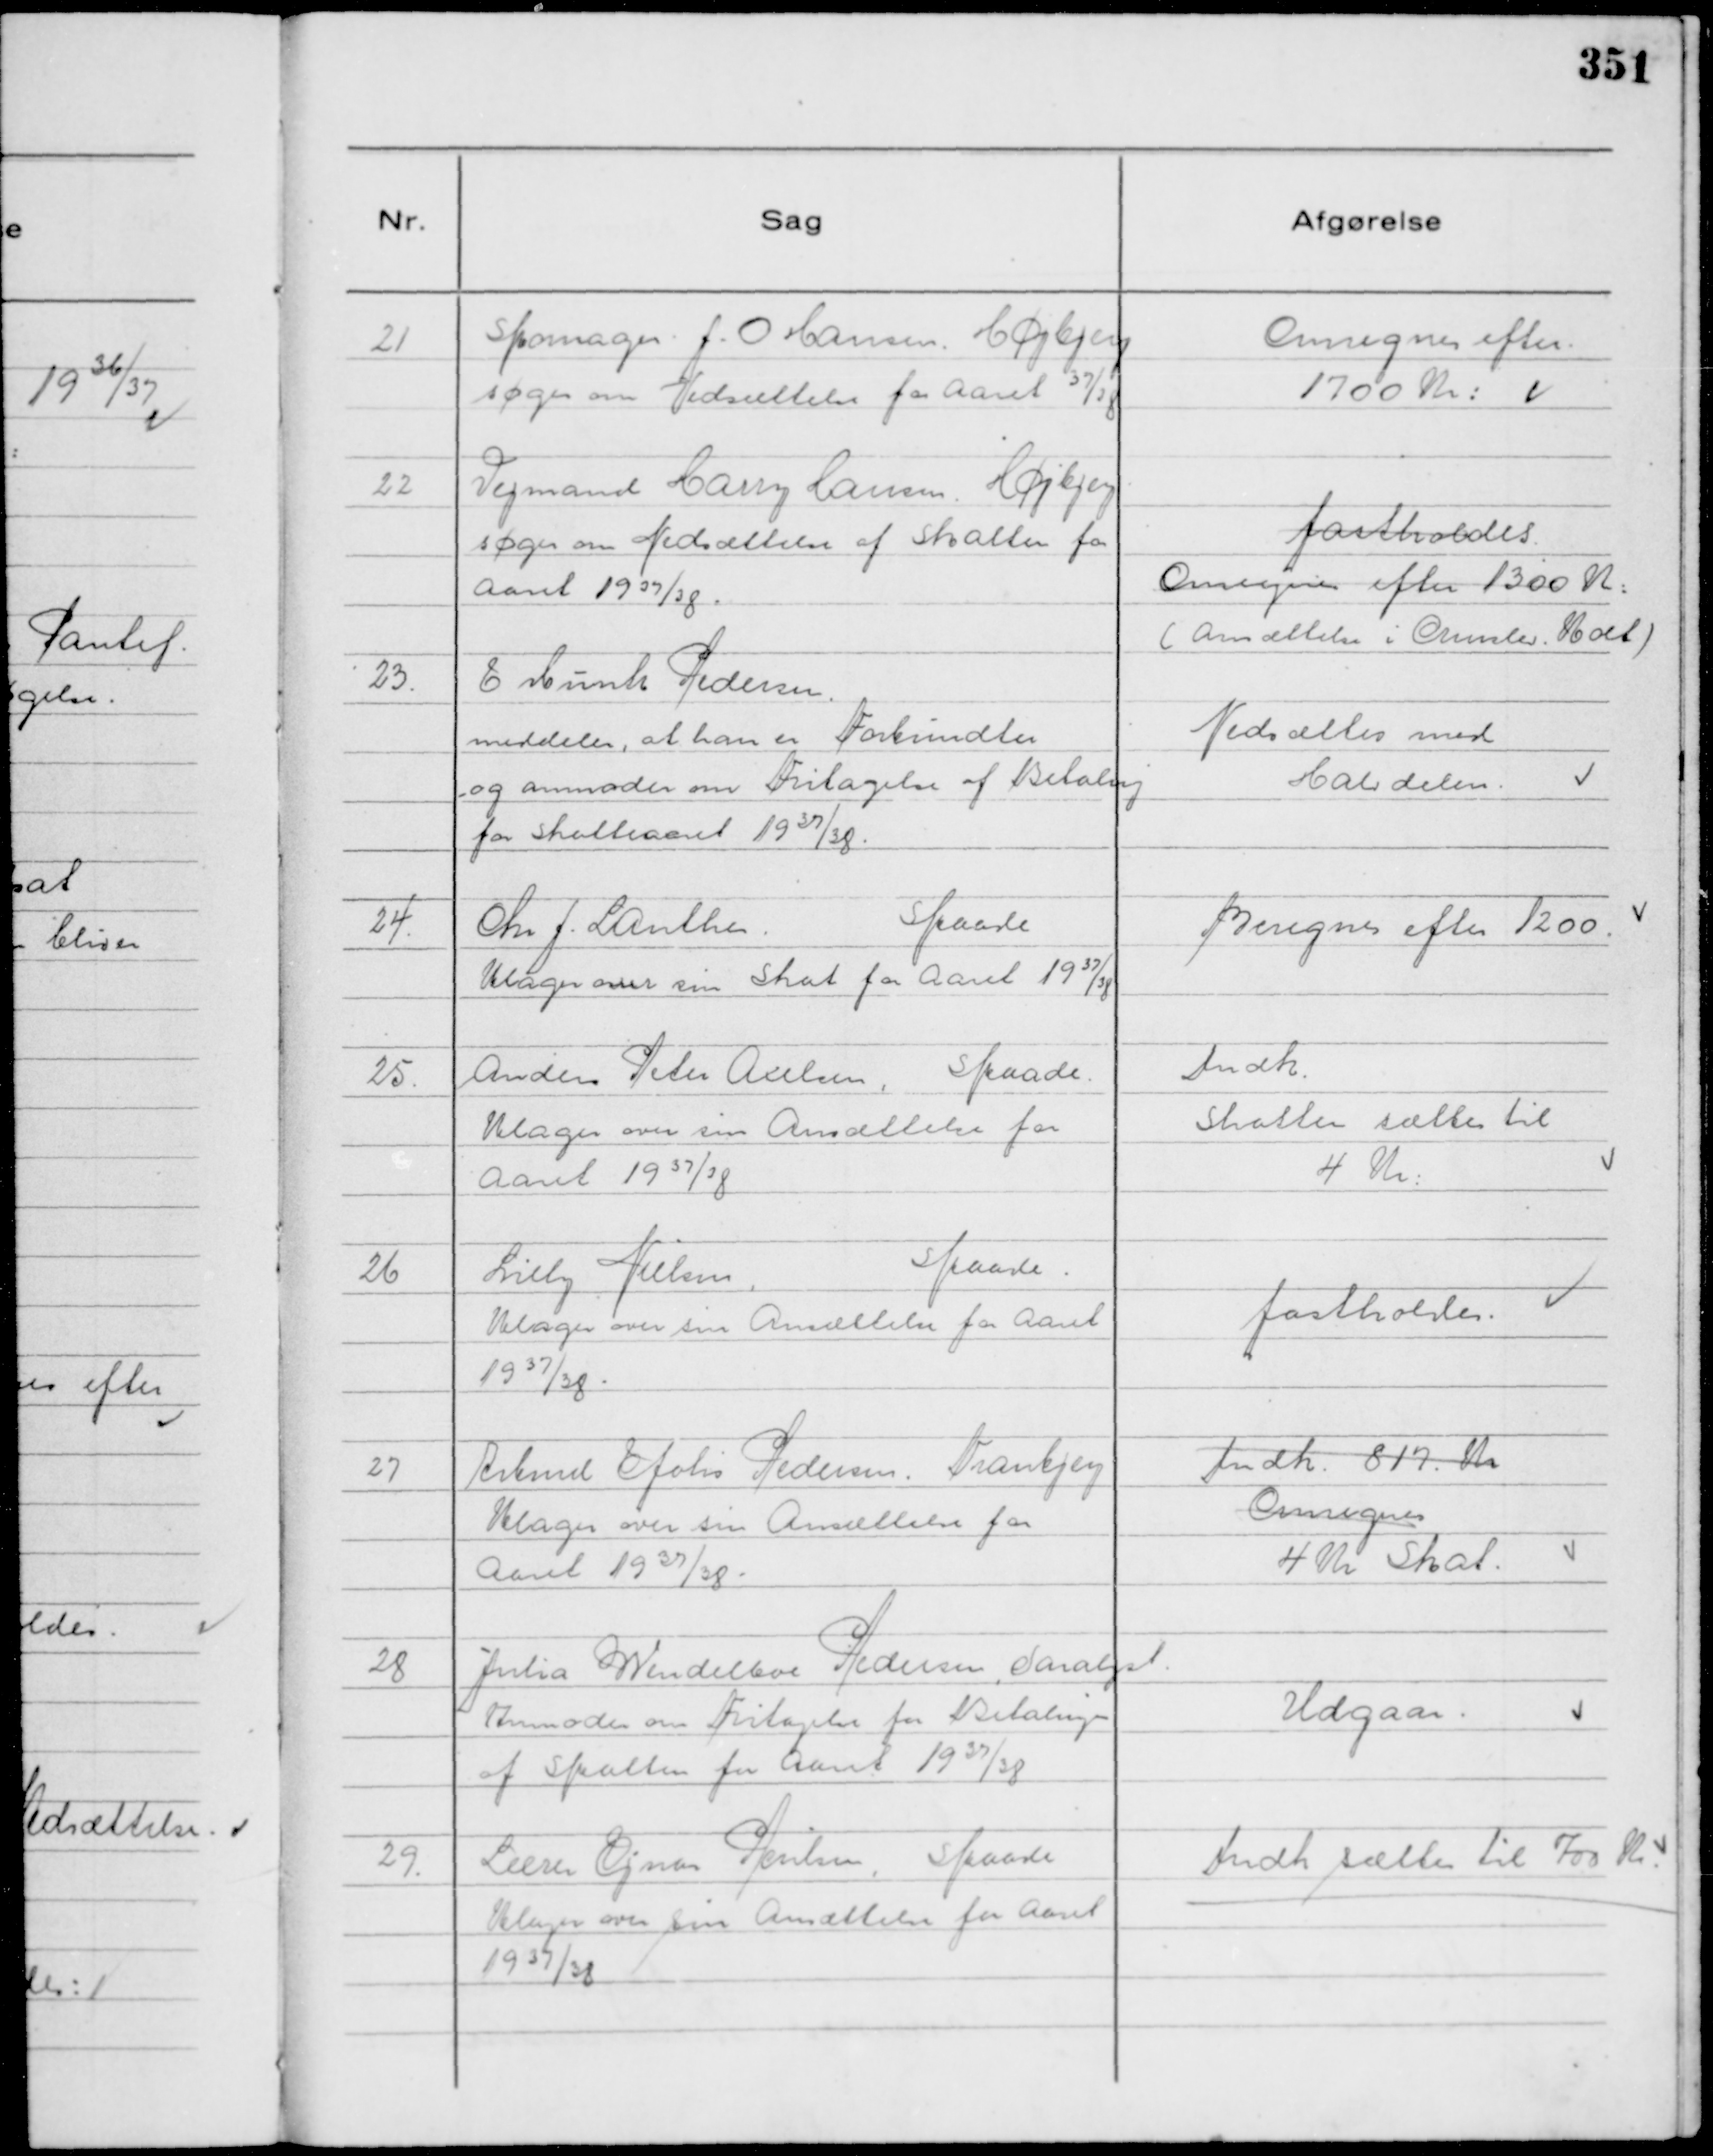
Transskription:
21
Skomager J. O Hansen. Højbjerg
søger om Nedsættelse for Aaret

37/38

Omregnes efter
1700 Kr:

22
Vejmand Harry Hansen. Højbjerg
søger om Nedsættelse af Skatten for
Aaret 1937/38.

fastholdes
Omregnes efter 1300 K:
( Ansættelse i Ormslev. Kolt )

23.
E Munh Pedersen.
meddeler, at han er Forbundter
og anmoder om Fritagelse af Betaling
for Skatteaaret 1937/38.

Nedsættes med
Halvdelen.

24.
Chr J. Lanther.
Skaade
klager over sin Skat for Aaret 1937/38

Beregnes efter 1200.

25.
Anders Peter Axelsen,
Skaade
klager over sin Ansættelse for
Aaret 1937/38

Indk.
Skatten sættes til
4 Kr:

26
Lilly Nielsen,
Skaade.
klager over sin Ansættelse for Aaret
1937/38

fastholdes.

27
Arbmd Johs Pedersen, Tranbjerg
klager over sin Ansættelse for
Aaret 1937/38.

Indk. 817. Kr
Omregnes
4 Kr Skat.

28
Julia Wendelboe Pedersen, Saralyst
Anmoder om Fritagelse for Betaling
af Skatten for Aaret 1937/38

Udgaar.

29
Lærer Ejnar Poulsen, Skaade
klager over sin Ansættelse for Aaret
1937/38

Indk sættes til 700 Kr.